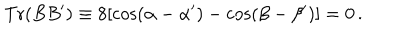
\mathrm { T r } ( B B ^ { \prime } ) \equiv 8 [ \cos ( \alpha - \alpha ^ { \prime } ) - \cos ( \beta - \beta ^ { \prime } ) ] = 0 \, .